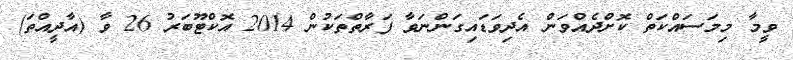
ވީމާ މިމަސައްކަތް ކޮށްދެއްވަން އެދިވަޑައިގަންނަވާ ފަރާތްތަކުން 2014 އޮކްޓޫބަރު 26 ވާ (އާދީއްތަ)